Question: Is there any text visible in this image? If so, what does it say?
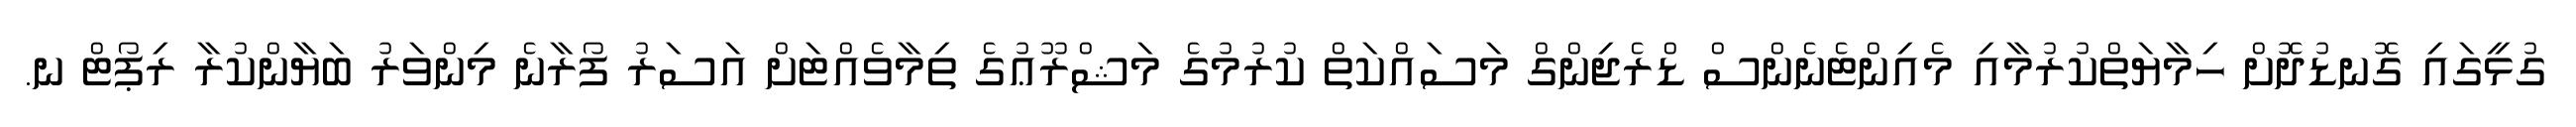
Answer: ގުޅީގައި ގޮނޑުދޮށް ހިމާޔަތްކުރުމާއި މެއިންޓެނެންސް ޑްރެޖިންގް މަސައްކަތް ކުރުމުގެ މަޝްރޫޢުގެ ތިމާވެއްޓަށް އަސަރު ފޯރާނެ މިންވަރު ބަޔާންކުރާ ރިޕޯޓް ނ.